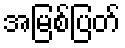
အမြစ်ပြတ်